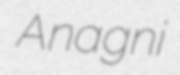
Anagni